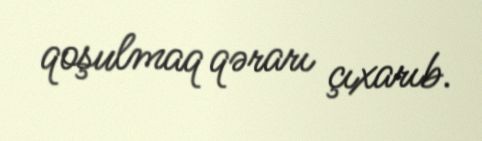
qoşulmaq qərarı çıxarıb.